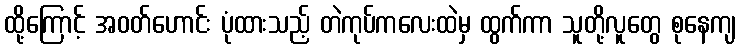
ထို့ကြောင့် အဝတ်ဟောင်း ပုံထားသည့် တဲကုပ်ကလေးထဲမှ ထွက်ကာ သူတို့လူတွေ စုနေကျ